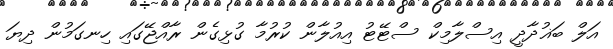
އަލް ބަޣުދާދީ އިސްލާމިކް ސްޓޭޓު އިއުލާން ކުރުމާ ގުޅިގެން ރާއްޖޭގައި ހިނގަމުން ދިޔަ